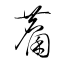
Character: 麕